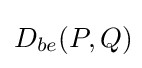
D_{be}(P,Q)\!